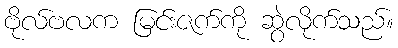
ဗိုလ်ဗလက မြင်းဇက်ကို ဆွဲလိုက်သည်။